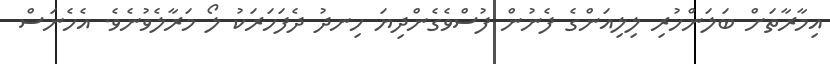
އިމާރާތަށް ބަލަންހުރި ލިލިއަންގެ ފެނުން ފުސްވެގެންދިޔަ ހިނދު ދެފަހަރަކު ލޯ މަރާލެވުނެވެ. އެހެނަސް